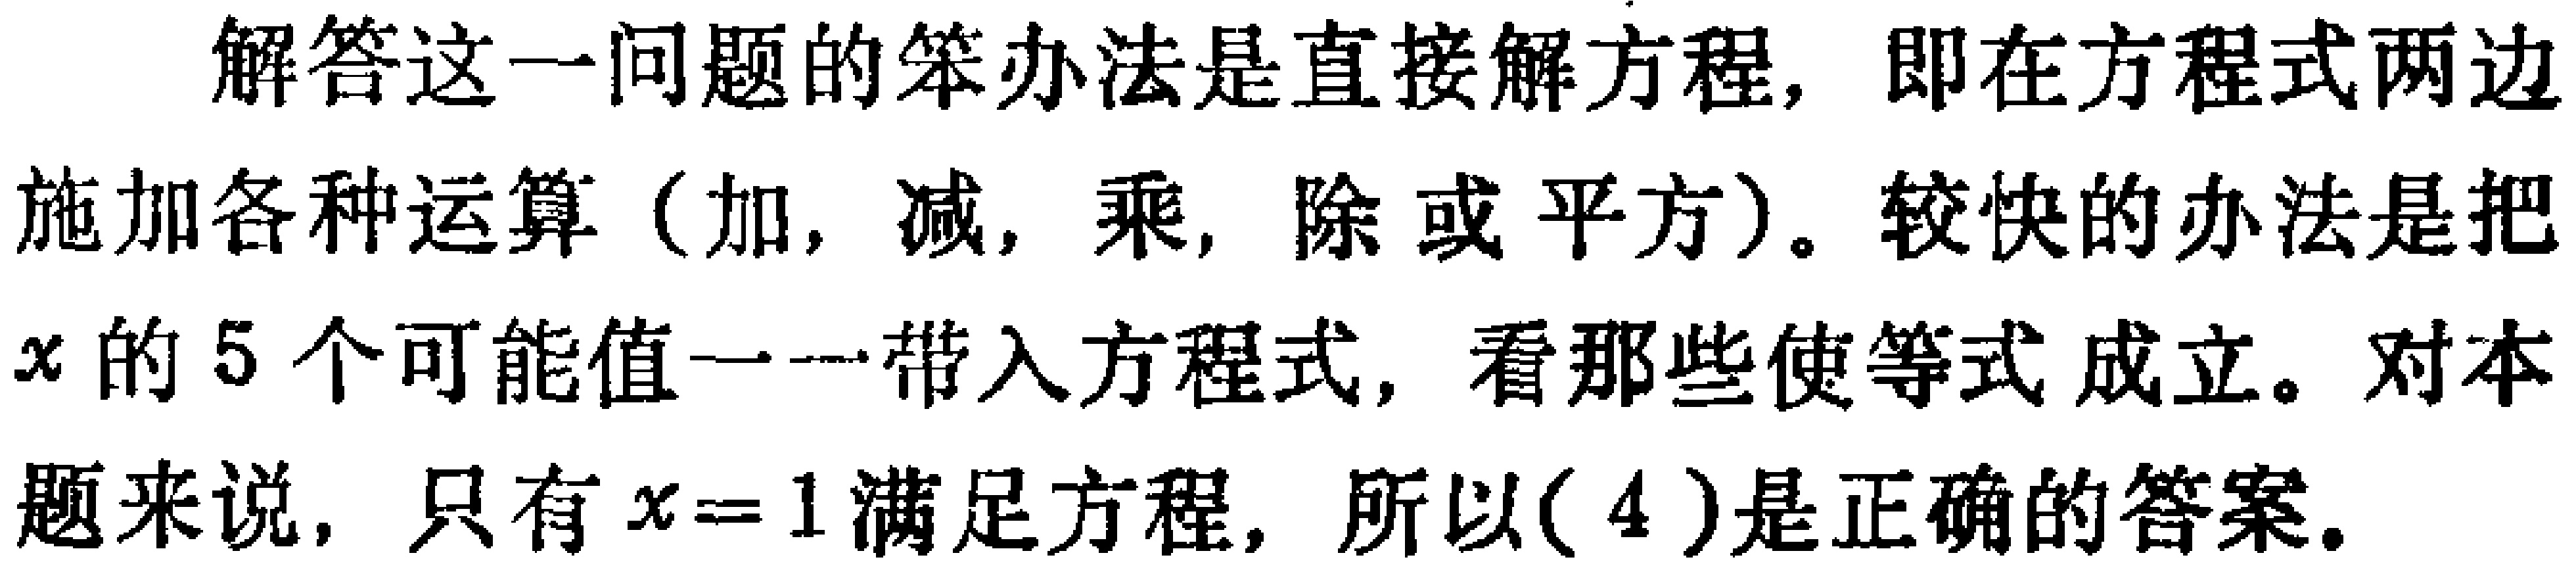
解答这一问题的笨办法是直接解方程，即在方程式两边施加各种运算（加, 减, 乘, 除或平方）。较快的办法是把\(x\)的\(5\)个可能值一一带入方程式，看那些使等式成立。对本题来说，只有\(x = 1\)满足方程，所以\((4)\)是正确的答案。